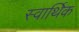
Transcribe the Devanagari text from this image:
स्वार्थिक